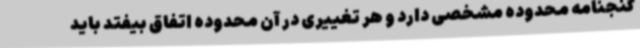
گنجنامه محدوده مشخصی دارد و هر تغییری در آن محدوده اتفاق بیفتد باید